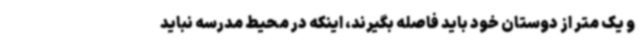
و یک متر از دوستان خود باید فاصله بگیرند، اینکه در محیط مدرسه نباید